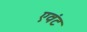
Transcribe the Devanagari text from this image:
एवंट